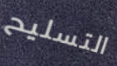
التسليح